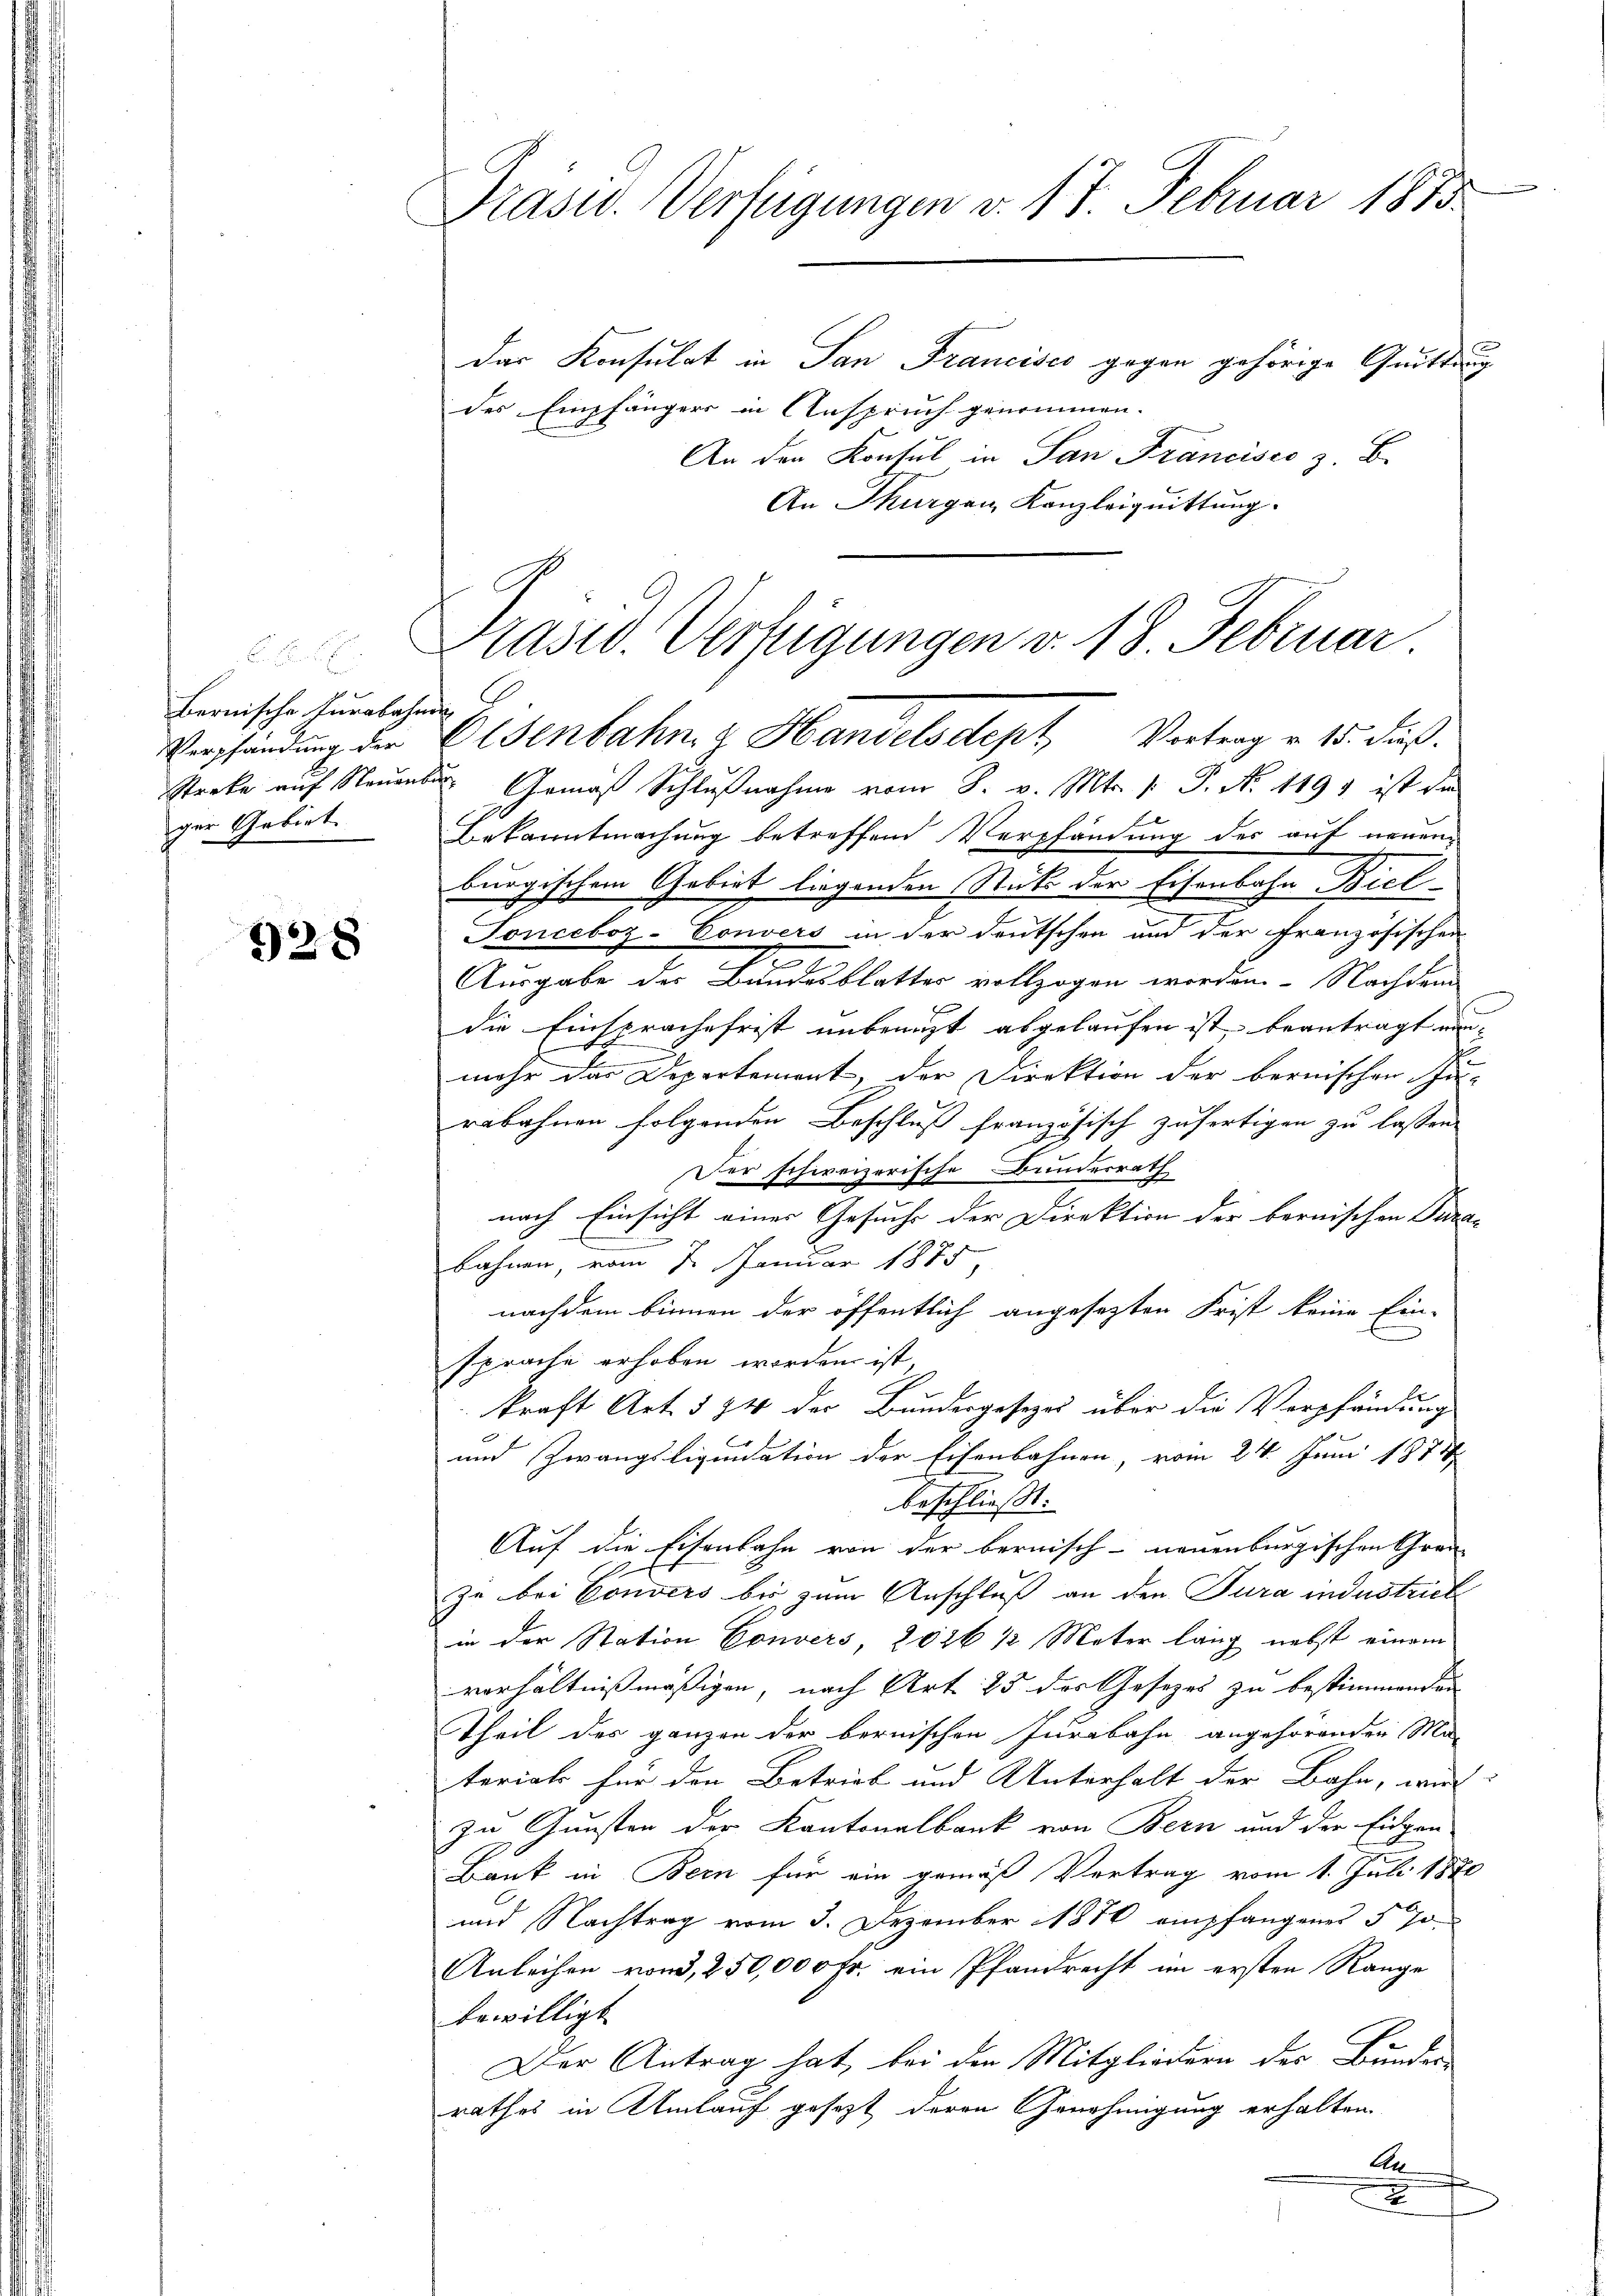
B sie
bernische Furabahnen
Verpfändung der
ger Gebiet

928

Präsid. Verfügungen v. 17. Februar 1883
Das Konsulat in San Francisco gegen gehörige Quittung

des Empfängers in Anspruch genommen.
An den Konsul in San Francisco z. B.
An Thurgau, Kanzleiquittung.
Streke auf Neuen Gemäβ Schlŭβnahme vom 8. v. Mts. v. P. Nr. 1493 ist die
Bekanntmachung betreffend Verpfändung des auf neuen
burgischem Gebiet liegenden Stück der Eisenbahn Bield
Sonceboz-Convers in der deutschen und der Französischen
Ausgabe des Bundesblatter vollzogen werden. Nachdem
die Einsprache frist unbenuzt abgelaufen ist, beantragt nun-
mehr das Departement, der Direktion der bernischen Zu-
rabahnen folgenden Beschluß französisch zufertigen zu lassen.
Der schweizerische Bundesrath
nach Einsicht einer Gesuche der Direktion der bernischen Para- |
.
bahnen, vom 7. Januar 1885,
nachdem binnen der öffentlich angesezten Frist keine Ein-
sprache erhoben worden ist,
kraft Art. 584 der Bundesgesezes über die Verpfändung
und Zwangsliquidation der Eisenbahnen, vom 24. Juni 1873
beschliesst.
Auf die Eisenbahn von der bernisch- neuenburgischen Gran-
zu bei Convers bis zum Anschluß an den Tura industrich
in der Station Convers 2026 1/2 Meter lang nebst einem
verhältnißmäßigen, nach Art. 25 des Gesezes zu bestimmenden
Theil des ganzen der bernischen Jurabahn angehörenden Ma
terial für den Betrieb und Unterhalt der Bahn, wird:
zu Gunsten der Kantonalbank von Bern und der Eidgen
Bank in Bern für ein gemäß Vertrag vom 1. Juli 1870
und Nachtrag vom 3. Dezember 1870 empfangenes § 70.
Anleihen von 250,000 Fr. ein Pfandrecht im ersten Range
bewilligt.
Der Antrag hat, bei den Mitgliedern der Bunder
rathes in Umlauf gesezt deren Genehmigung erhalten
An
f
x

Präsid. Verfügungen v. 18. Februar
Eisenbahn z. Handelsdept, Vortrag v. 15. Fuß.